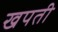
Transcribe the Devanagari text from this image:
खपती